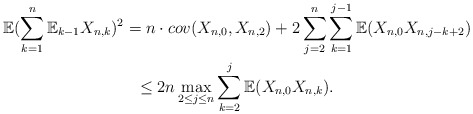
\begin{gather*}\mathbb{E}(\sum_{k=1}^{n}\mathbb{E}_{k-1}X_{n,k})^{2}=n\cdot cov(X_{n,0},X_{n,2})+2\sum_{j=2}^{n}\sum_{k=1}^{j-1}\mathbb{E}(X_{n,0}X_{n,j-k+2})\\\leq2n\max_{2\leq j\leq n}\sum_{k=2}^{j}\mathbb{E}(X_{n,0}X_{n,k}).\end{gather*}